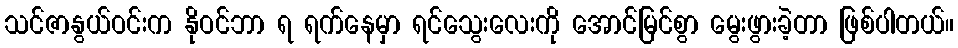
သင်ဇာနွယ်ဝင်းက နိုဝင်ဘာ ရ ရက်နေမှာ ရင်သွေးလေးကို အောင်မြင်စွာ မွေးဖွားခဲ့တာ ဖြစ်ပါတယ်။